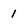
Character: l